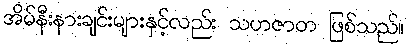
အိမ်နီးနားချင်းများနှင့်လည်း သဟဇာတ ဖြစ်သည်။